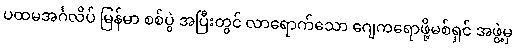
ပထမအင်္ဂလိပ် မြန်မာ စစ်ပွဲ အပြီးတွင် လာရောက်သော ဂျေကရောဖို့မစ်ရှင် အဖွဲ့မှ